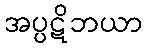
အပ္ပဋိဘယာ